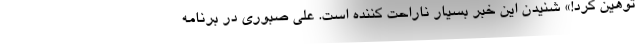
توهین کرد!» شنیدن این خبر بسیار ناراحت کننده‌ است. علی صبوری در برنامه